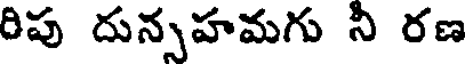
రిపు దున్సహమగు నీ రణ